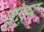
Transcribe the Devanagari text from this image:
गुंतुर